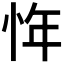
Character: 𰑖